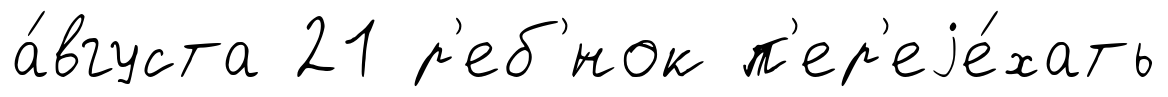
а́вгуста 21 р'еб'́нок п'ер'еjе́хать